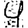
Digit: 4